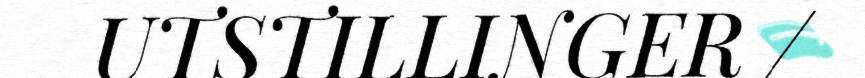
UTSTILLINGER /